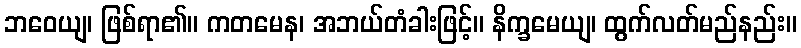
ဘဝေယျ၊ ဖြစ်ရာ၏။ ကတမေန၊ အဘယ်တံခါးဖြင့်။ နိက္ခမေယျ၊ ထွက်လတ်မည်နည်း။